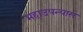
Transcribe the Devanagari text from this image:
महाउपन्यास